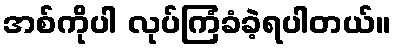
အစ်ကိုပါ လုပ်ကြံခံခဲ့ရပါတယ်။